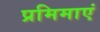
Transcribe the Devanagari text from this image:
प्रमिमाएं